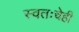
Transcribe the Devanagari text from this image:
स्वतःचेही